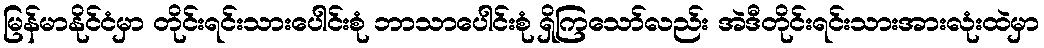
မြန်မာနိုင်ငံမှာ တိုင်းရင်းသားပေါင်းစုံ ဘာသာပေါင်းစုံ ရှိကြသော်လည်း အဲဒီတိုင်းရင်းသားအားလုံးထဲမှာ